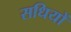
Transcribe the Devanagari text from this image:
सधियों